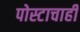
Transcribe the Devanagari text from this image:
पोस्टाचाही